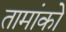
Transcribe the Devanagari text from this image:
तामांको